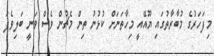
މިފަހަރުގެ މުބާރާތުގައި ޔޫއޭއީ މިހާތަނަށް ކުޅުނު ތިން މެޗުން ވެސް ވަނީ ބަލިވެފަ